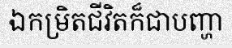
ឯកម្រិតជីវិតក៏ជាបញ្ហា